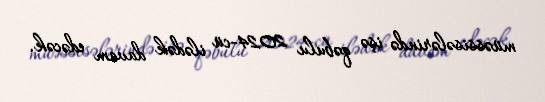
müəssisələrində işə qəbulu 2024-cü ilədək davam edəcək.